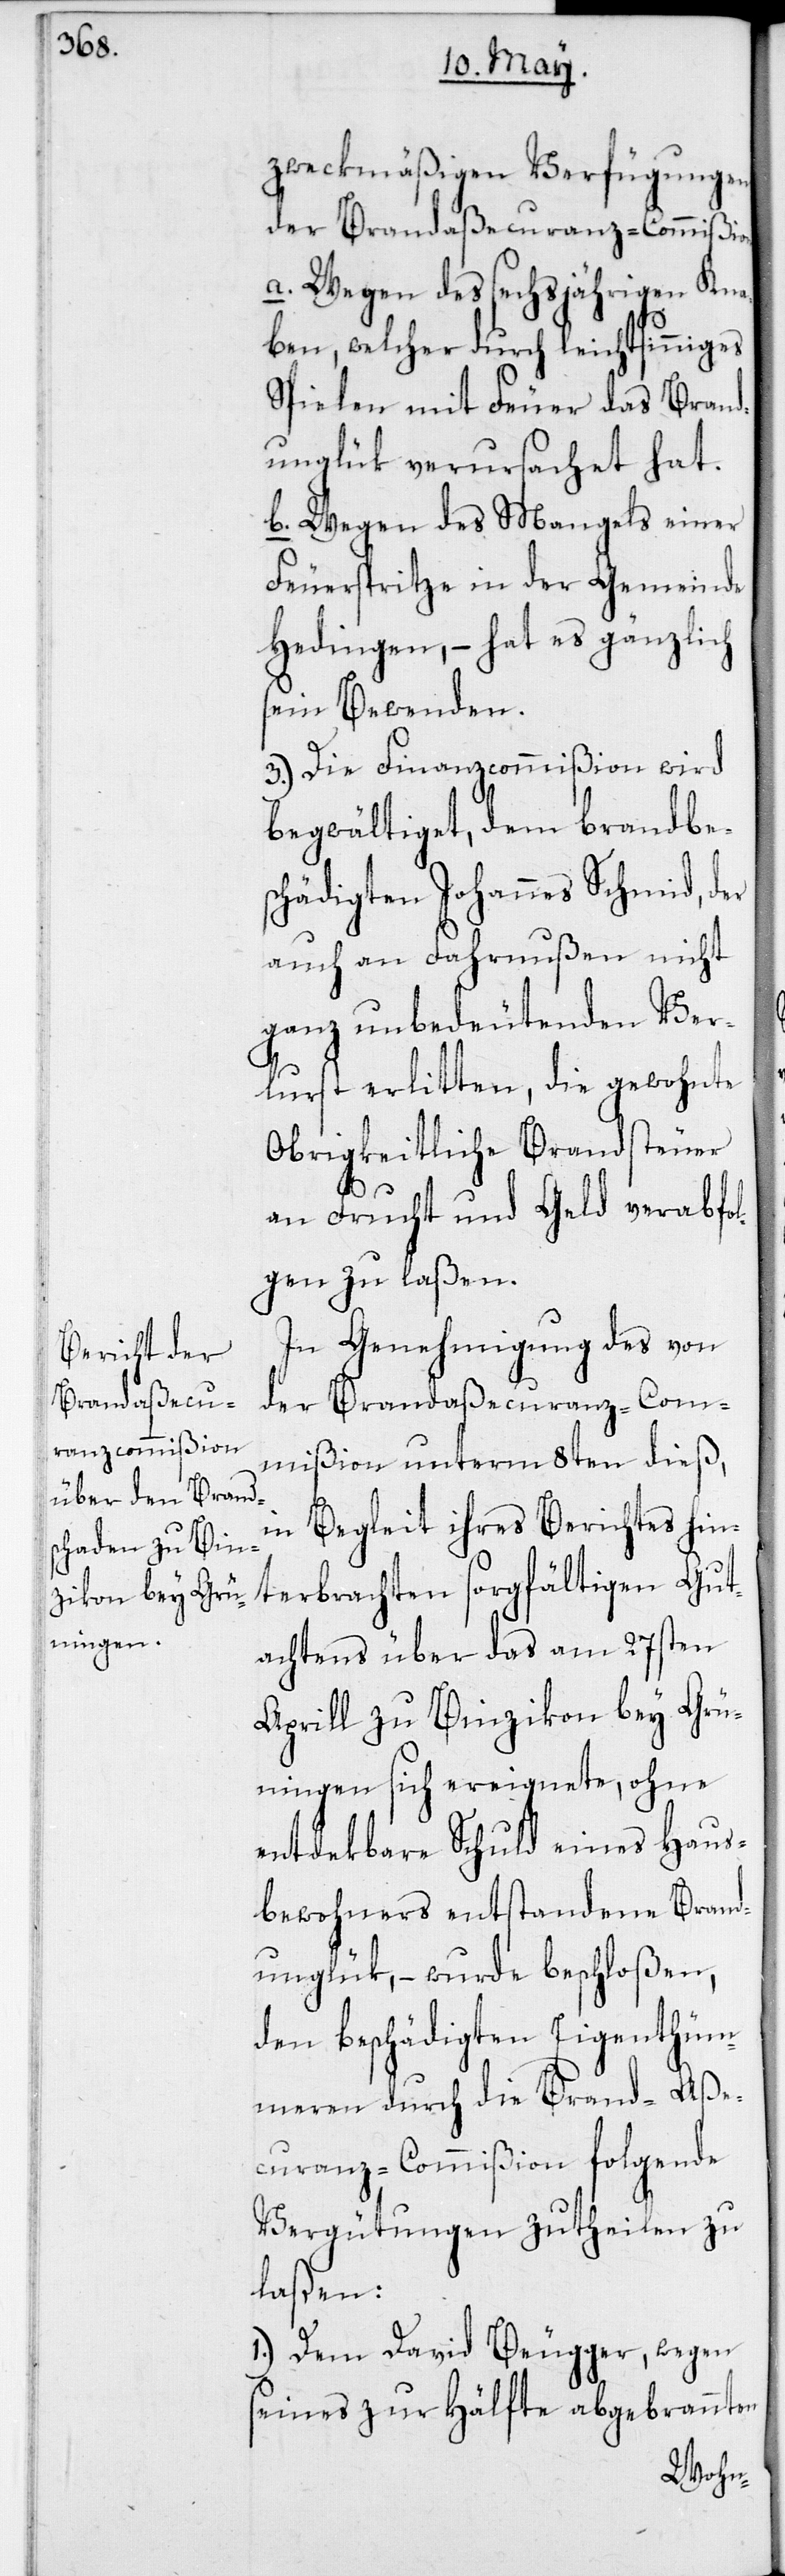
zweckmäßigen Verfügungen
der Brandaßecuranz-Commißion
a) Wegen des sechsjährigen Kna¬
ben, welcher durch leichtsinniges
Spielen mit Feuer das Brand¬
unglük verursachet hat.
b) Wegen des Mangels einer
Feuerspritze in der Gemeinde
Hedingen, – hat es gänzlich
sein Bewenden.
3. Die Finanzcommißion wird
begwältiget, dem brandbe¬
schädigten Johannes Schmid, der
auch an Fahrnußen nicht
ganz unbedeutenden Ver¬
lurst erlitten, die gewohnte
obrigkeitliche Brandsteuer
an Frucht und Geld verabfol¬
gen zu laßen.
In Genehmigung des von
der Brandaßecuranz-Com¬
mißion unterm 8ten dieß,
in Begleit ihres Berichtes hin¬
terbrachten sorgfältigen Gut¬
achtens über das am 27sten
Aprill zu Binzikon bey Grü¬
ningen sich ereignete, ohne
entdekbare Schuld eines Haus¬
bewohners entstandene Brand¬
unglük, – wurde beschloßen,
den beschädigten Eigentühm¬
meren durch die Brand-Aße¬
curanz-Commißion folgende
Vergütungen zutheilen zu
laßen:
1. Dem David Beugger, wegen
seines zur Hälfte abgebrannten